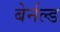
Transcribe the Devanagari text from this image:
बेर्नल्ड